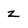
Character: Z